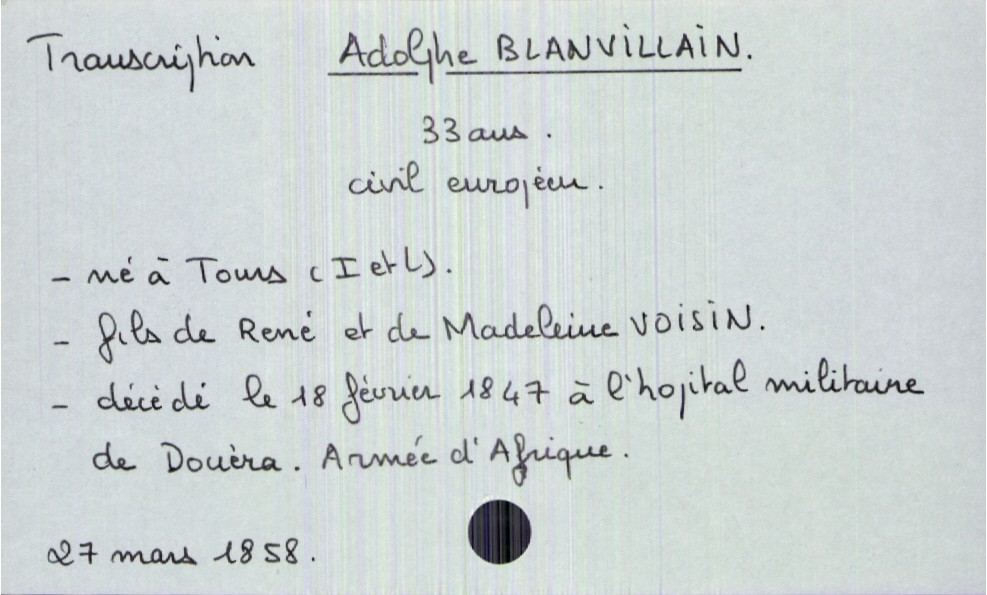
type_acte: Décès
année: 1858
mois: mars
jour: 27
défunt_nom: Blanvillain
défunt_prénom: Adolphe
défunt_sexe: H
défunt_âge: 33 ans
défunt_profession: civil européen
défunt_lieu_de_naissance: Tours (Indre et Loire)
père_défunt_nom: Blanvillain
père_défunt_prénom: René
mère_défunt_nom: Voisin
mère_défunt_prénom: Madeleine